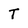
Character: T